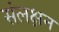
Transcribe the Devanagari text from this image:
संलक्षन